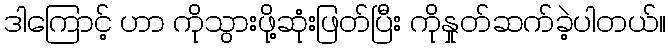
ဒါကြောင့် ဟာ ကိုသွားဖို့ဆုံးဖြတ်ပြီး ကိုနှုတ်ဆက်ခဲ့ပါတယ်။